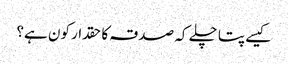
کیسے پتا چلے کہ صدقہ کا حقدار کون ہے؟